Indian journal of veterinary science and animal husbandry - Volume 4,
Year: 1934
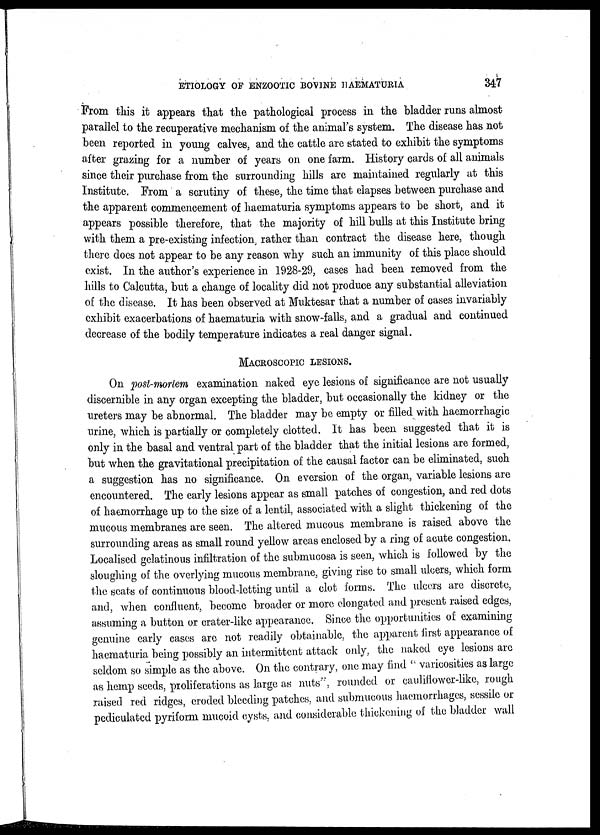
ETIOLOGY OF ENZOOTIC BOVINE
HAEMATURIA
347
From this it appears that the pathological process in the bladder runs almost
parallel to the recuperative mechanism of the animal's system. The disease has not
been reported in young calves, and the cattle are stated to exhibit the symptoms
after grazing for a number of years on one farm. History cards of all animals
since their purchase from the surrounding hills are maintained regularly at this
Institute. From a scrutiny of these, the time that elapses between purchase and
the apparent commencement of haematuria symptoms appears to be short, and it
appears possible therefore, that the majority of hill bulls at this Institute bring
with them a pre-existing infection, rather than contract the disease here, though
there does not appear to be any reason why such an immunity of this place should
exist. In the author's experience in 1928-29, cases had been removed from the
hills to Calcutta, but a change of locality did not produce any substantial alleviation
of the disease. It has been observed at Muktesar that a number of cases invariably
exhibit exacerbations of haematuria with snow-falls, and a gradual and continued
decrease of the bodily temperature indicates a real danger signal.
MACROSCOPIC LESIONS.
On post-mortem examination naked eye lesions of significance are not usually
discernible in any organ excepting the bladder, but occasionally the kidney or the
ureters may be abnormal. The bladder may be empty or filled with haemorrhagic
urine, which is partially or completely clotted. It has been suggested that it is
only in the basal and ventral part of the bladder that the initial lesions are formed,
but when the gravitational precipitation of the causal factor can be eliminated, such
a suggestion has no significance. On eversion of the organ, variable lesions are
encountered. The early lesions appear as small patches of congestion, and red dots
of haemorrhage up to the size of a lentil, associated with a slight thickening of the
mucous membranes are seen. The altered mucous membrane is raised above the
surrounding areas as small round yellow areas enclosed by a ring of acute congestion.
Localised gelatinous infiltration of the submucosa is seen, which is followed by the
sloughing of the overlying mucous membrane, giving rise to small ulcers, which form
the seats of continuous blood-letting until a clot forms. The ulcers are discrete,
and, when confluent, become broader or more elongated and present raised edges,
assuming a button or crater-like appearance. Since the opportunities of examining
genuine early cases are not readily obtainable, the apparent first appearance of
haematuria being possibly an intermittent attack only, the naked eye lesions are
seldom so simple as the above. On the contrary, one may find " varicosities as large
as hemp seeds, proliferations as large as nuts", rounded or cauliflower-like, rough
raised red ridges, croded bleeding patches, and submucous haemorrhages, sessile or
pediculated pyriform mucoid cysts, and considerable thickening of the bladder wall